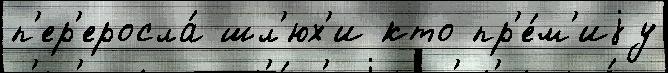
п'ер'еросла́ шл'юх'и кто пр'е́м'иjу